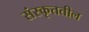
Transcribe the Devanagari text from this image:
संस्कृततील